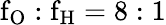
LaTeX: \mathrm{f_{O}:f_{H}=8:1}